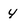
Character: 4